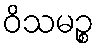
ဝိသမဉ္စ